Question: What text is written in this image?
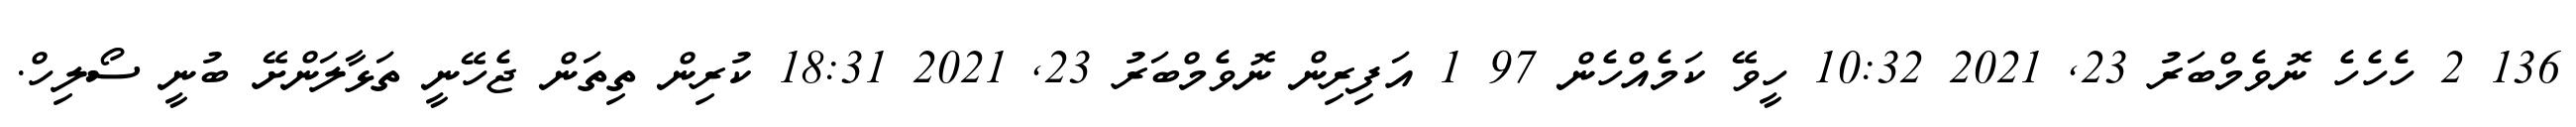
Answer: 136 2 ހެހެހެ ނޮވެމްބަރު 23, 2021 10:32 ހީވޭ ކަމެއްހެން 97 1 އަފިރިން ނޮވެމްބަރު 23, 2021 18:31 ކުރިން ތިތަން ޖެހޭނީ ތަޅާލަންށޭ ބުނީ ސޯލިހް.